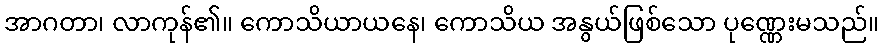
အာဂတာ၊ လာကုန်၏။ ကောသိယာယနေ၊ ကောသိယ အနွယ်ဖြစ်သော ပုဏ္ဏေးမသည်။